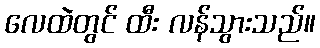
လေထဲတွင် ထီး လန်သွားသည်။